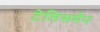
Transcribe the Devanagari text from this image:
टेलिसमैन